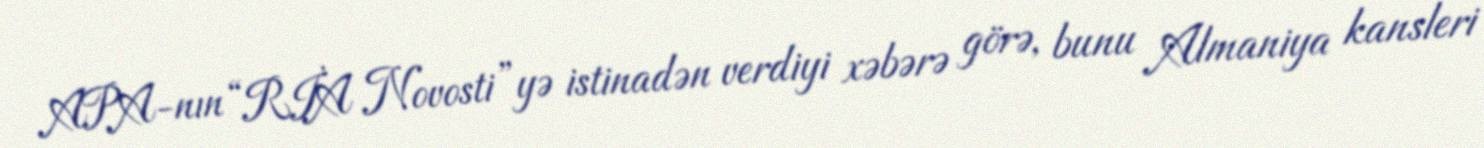
APA-nın “RİA Novosti”yə istinadən verdiyi xəbərə görə, bunu Almaniya kansleri